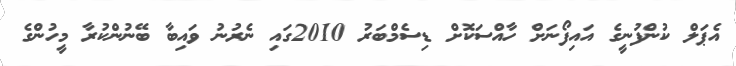
އެޕަލް ކުންފުނީގެ އައިފޯނަށް ހާއްސަކޮށް ޑިސެމްބަރު 2010ގައި ނެރުނު ވައިބާ ބޭނުންކުރާ މީހުންގެ